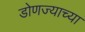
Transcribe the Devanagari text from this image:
डोणज्याच्या